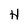
Character: H